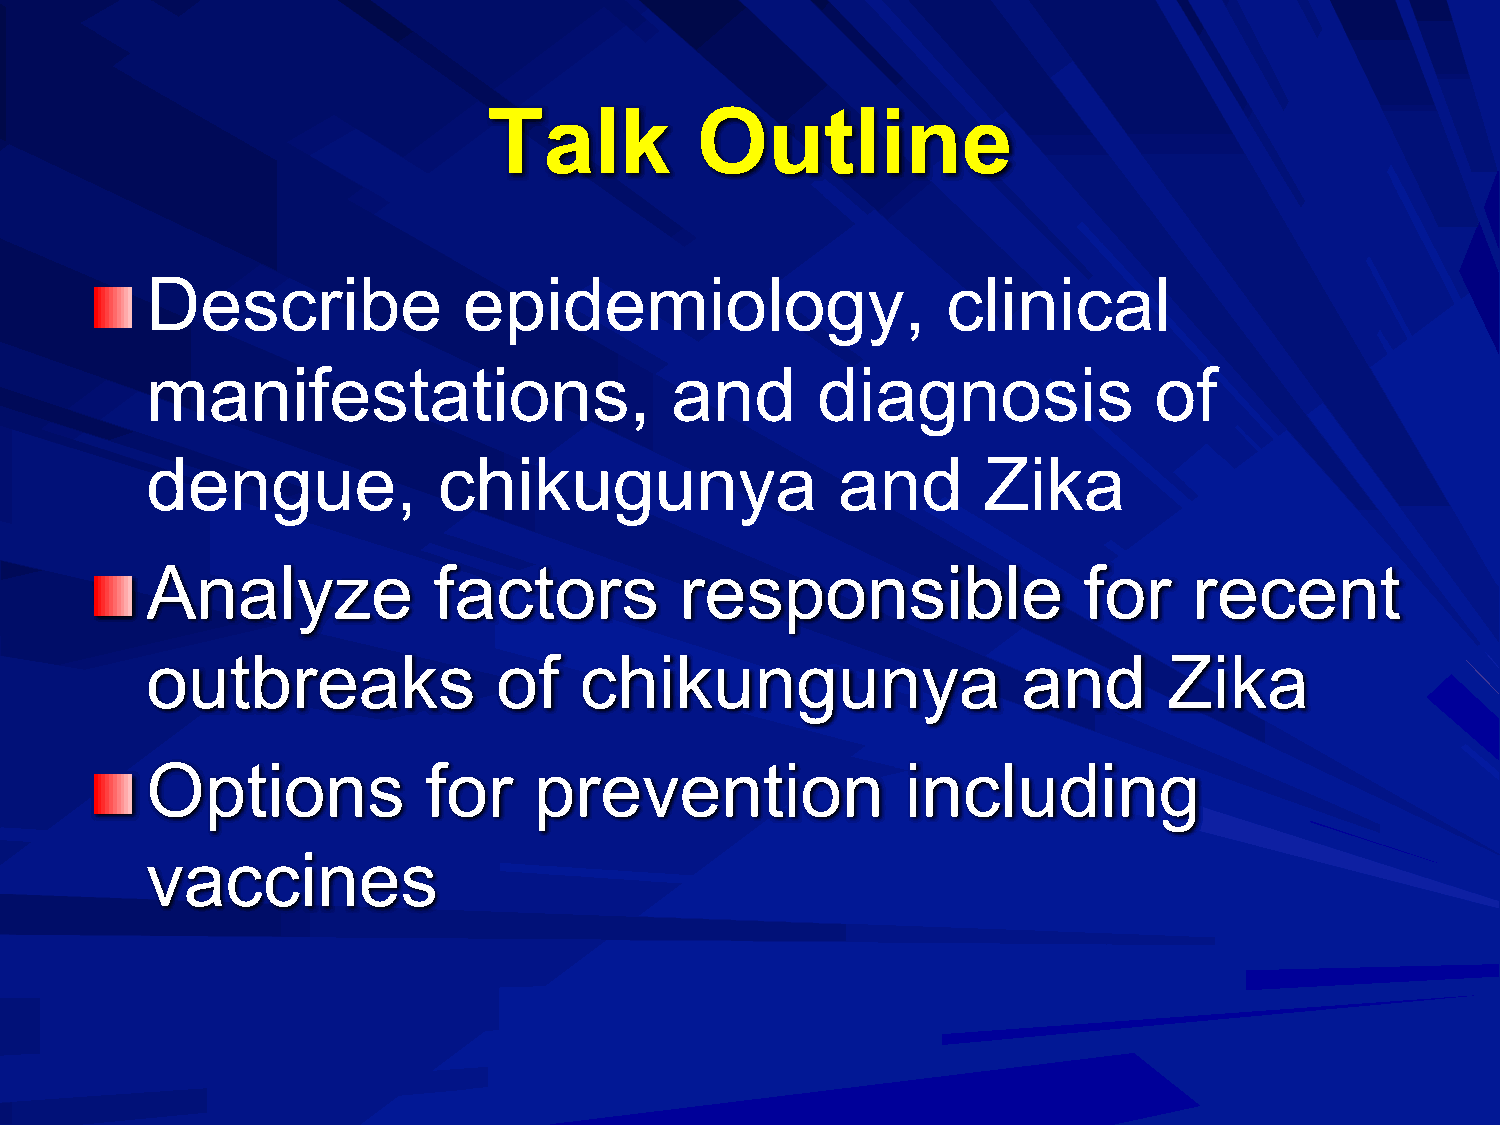
Talk          Outline
 Describe             epidemiology,                   clinical
 manifestations,                   and       diagnosis             of
 dengue,            chikugunya                and       Zika
 Analyze            factors         responsible                for    recent
 outbreaks              of   chikungunya                   and      Zika
 Options           for    prevention               including
 vaccines